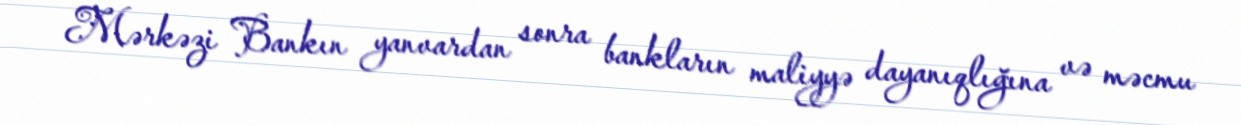
Mərkəzi Bankın yanvardan sonra bankların maliyyə dayanıqlığına və məcmu